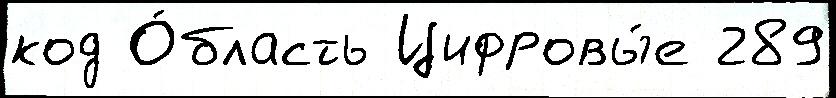
код О́бласть Цифровы́е 289